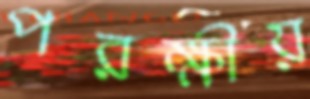
পরক্ষীয়